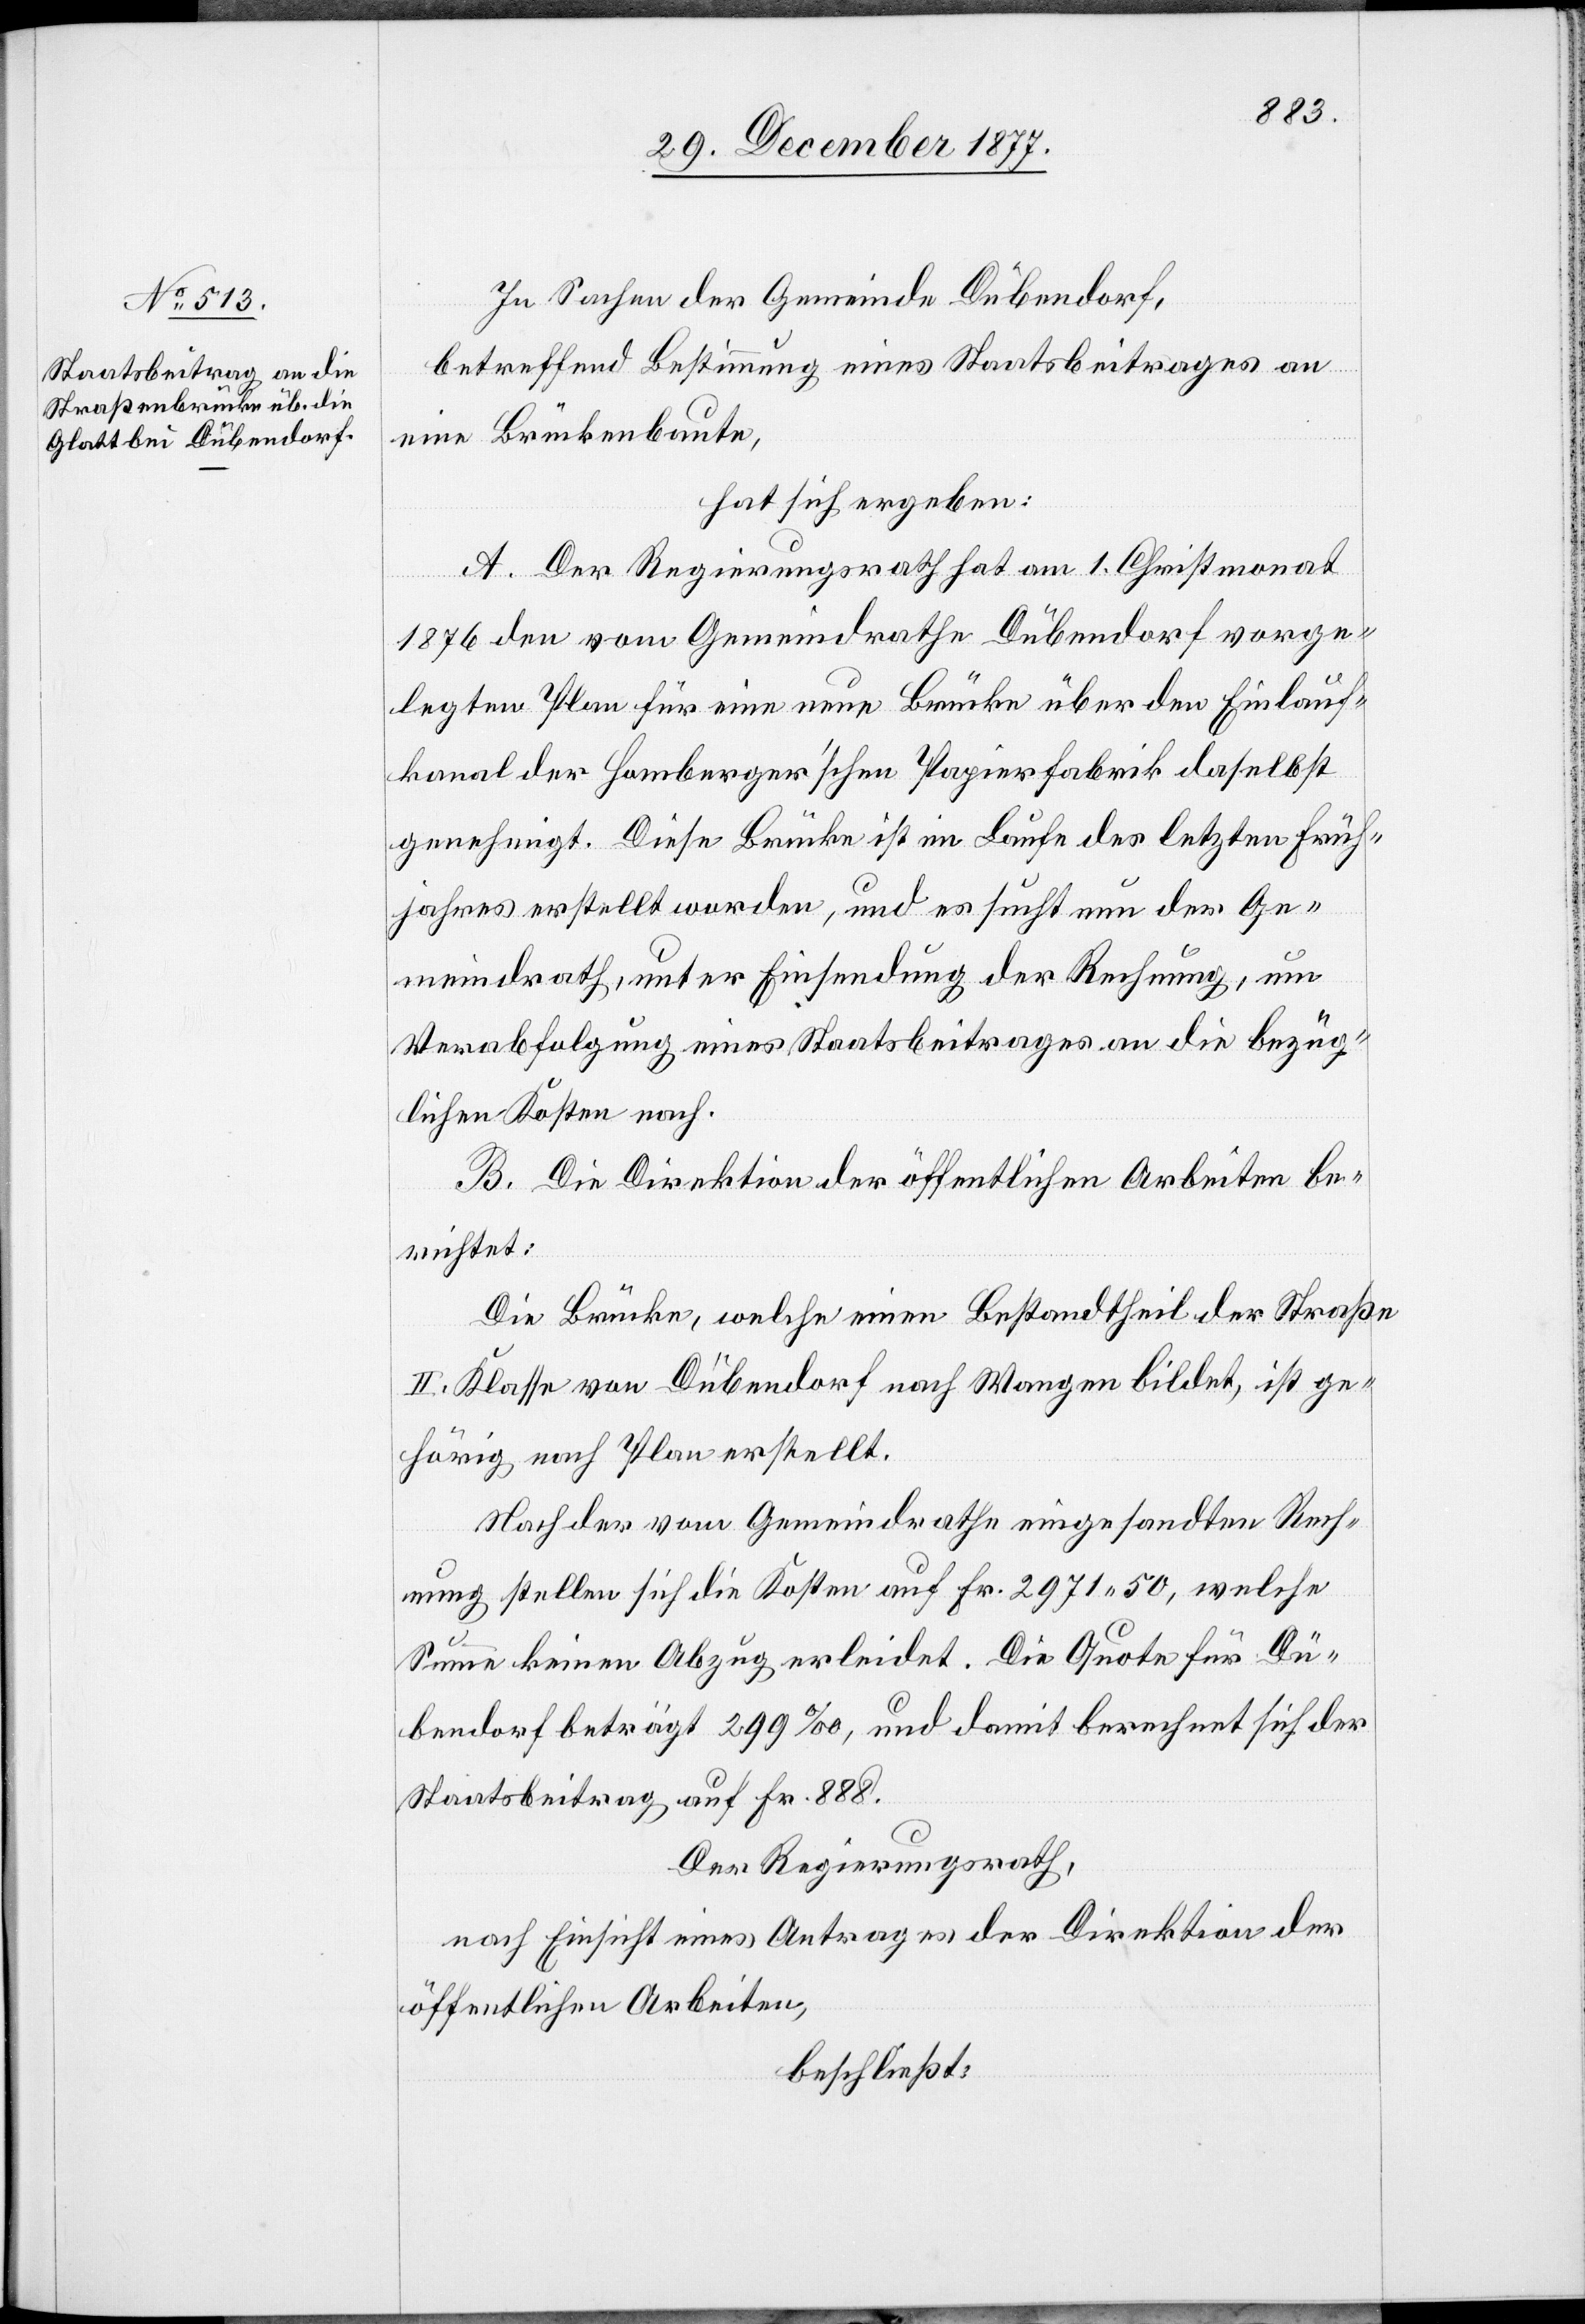
In Sachen der Gemeinde Dübendorf,
betreffend Bestimmung eines Staatsbeitrages an
eine Brückenbaute,
hat sich ergeben:
A. Der Regierungsrath hat am 1. Christmonat
1876 den vom Gemeindrathe Dübendorf vorge¬
legten Plan für eine neue Brücke über den Einlauf¬
kanal der Homberger’schen Papierfabrik daselbst
genehmigt. Diese Brücke ist im Laufe des letzten Früh¬
jahres erstellt worden, und es sucht nun der Ge¬
meindrath, unter Einsendung der Rechnung, um
Verabfolgung eines Staatsbeitrages an die bezüg¬
lichen Kosten nach.
B. Die Direktion der öffentlichen Arbeiten be¬
richtet:
Die Brücke, welche einen Bestandtheil der Straße
II. Klasse von Dübendorf nach Wangen bildet, ist ge¬
hörig nach Plan erstellt.
Nach der vom Gemeindrathe eingesandten Rech¬
nung stellen sich die Kosten auf Fr. 2971 50, welche
Summe keinen Abzug erleidet. Die Quote für Dü¬
bendorf beträgt 299‰, und damit berechnet sich der
Staatsbeitrag auf Fr. 888.
Der Regierungsrath,
nach Einsicht eines Antrages der Direktion der
öffentlichen Arbeiten,
beschließt: